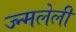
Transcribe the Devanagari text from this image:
ज्न्मलेली